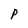
Character: P